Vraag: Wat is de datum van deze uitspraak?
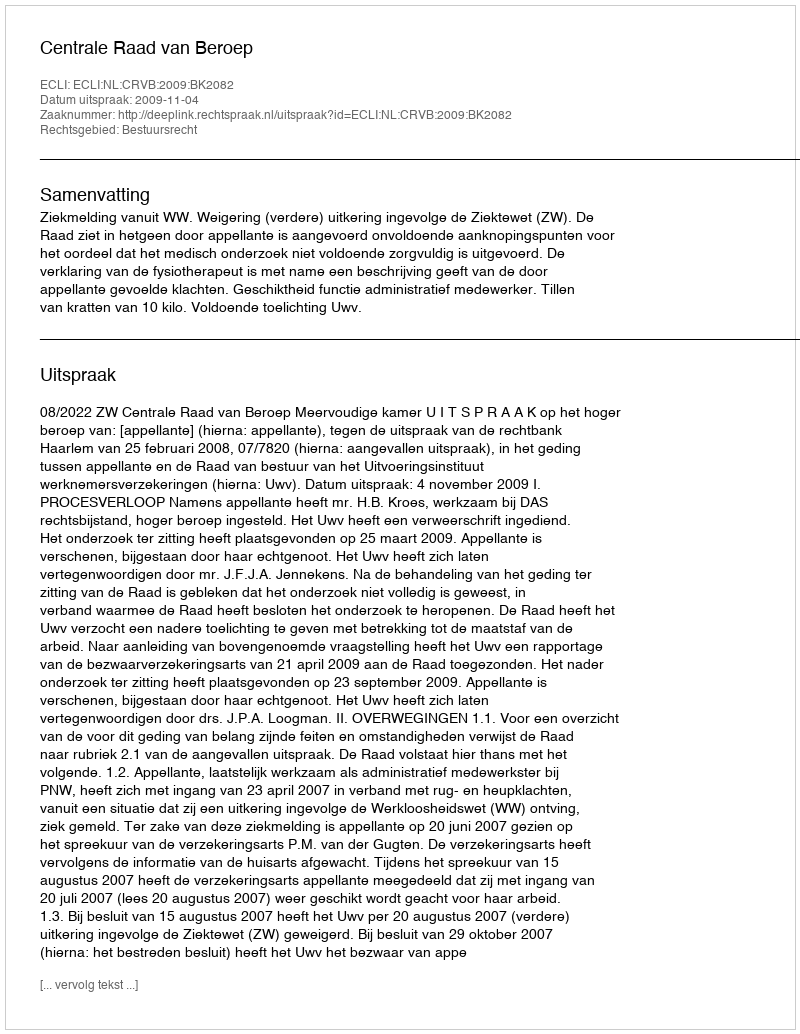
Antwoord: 2009-11-04